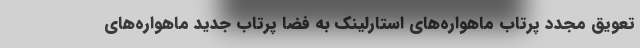
تعویق مجدد پرتاب ماهواره‌های استارلینک به فضا پرتاب جدید ماهواره‌های